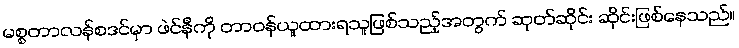
မစ္စတာလန်စဒင်မှာ ဖဲင်နီကို တာဝန်ယူထားရသူဖြစ်သည့်အတွက် ဆုတ်ဆိုင်း ဆိုင်းဖြစ်နေသည်။